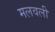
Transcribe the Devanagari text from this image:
मलवली